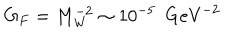
G _ { F } = M _ { \mathrm { W } } ^ { - 2 } \sim 1 0 ^ { - 5 } \ \ \mathrm { G e V } ^ { - 2 }